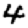
Digit: 4